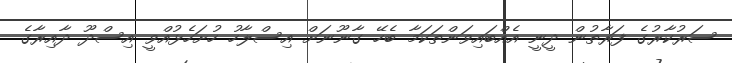
ސަރުކާރުގެ ފަރާތުން ދީނީ އެއްބައިވަންތަކަމާ ބެހޭ ގާނޫނަށް އިސްލާހު ހުށަހެޅުއްވީ އިސްދޫ ދާއިރާގެ